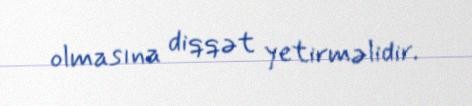
olmasına diqqət yetirməlidir.